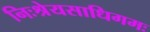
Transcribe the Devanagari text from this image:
निःश्रेयसाधिगमः